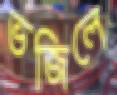
ভজিলে